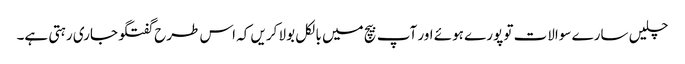
چلیں سارے سوالات تو پورے ہوئے اور آپ بیچ میں بالکل بولا کریں کہ اس طرح گفتگو جاری رہتی ہے۔